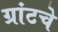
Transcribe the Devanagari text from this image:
ग्रांटचे